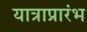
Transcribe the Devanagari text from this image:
यात्राप्रारंभ